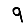
Digit: 9